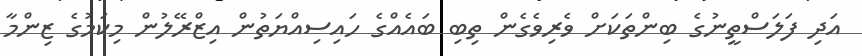
އަދި ފަލަސްތީނުގެ ބިންތަކަށް ވެރިވެގެން ތިބި ބައެއްގެ ހައިސިއްޔަތުން އިޒްރޭލުން މިކަމުގެ ޒިންމާ